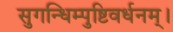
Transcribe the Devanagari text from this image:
सुगन्धिम्पुष्टिवर्धनम्‌।